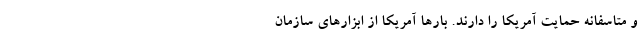
و متاسفانه حمایت آمریکا را دارند. بارها آمریکا از ابزارهای سازمان